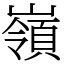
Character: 嶺